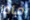
ماذا